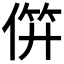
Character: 𬿉